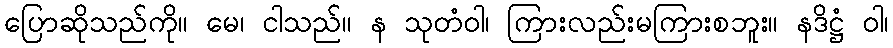
ပြောဆိုသည်ကို။ မေ၊ ငါသည်။ န သုတံဝါ၊ ကြားလည်းမကြားစဘူး။ နဒိဋ္ဌံ ဝါ၊